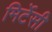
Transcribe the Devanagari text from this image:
मिर्टेसी